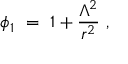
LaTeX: \phi _ { 1 } \ = \ 1 + \frac { \Lambda ^ { 2 } } { r ^ { 2 } } \ ,